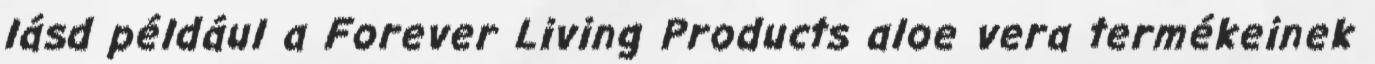
lásd például a Forever Living Products aloe vera termékeinek